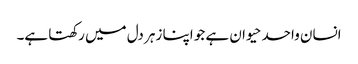
انسان واحد حیوان ہے جو اپنا زہر دل میں رکھتا ہے۔